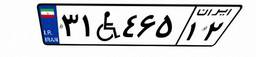
۳۱W۴۶۵۱۲